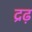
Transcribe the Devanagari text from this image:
द्रढ़